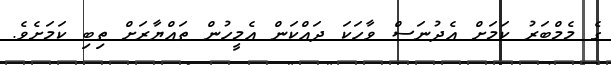
ގެ މެމްބަރު ކަމަށް އެދުނަސް ވާހަކަ ދައްކަން އެމީހުން ތައްޔާރަށް ތިބި ކަމަށެވެ.